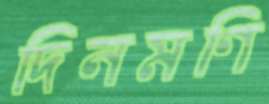
দিনমণি